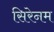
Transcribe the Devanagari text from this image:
सिरेनम